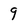
Character: 9